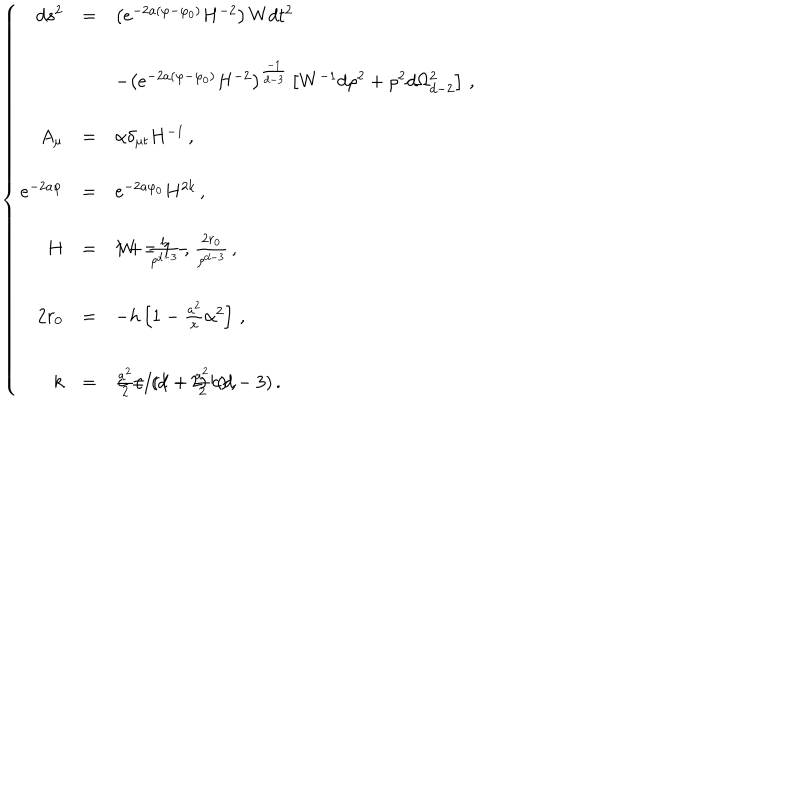
\left\{ \begin{array} { r c l } { { d s ^ { 2 } } } & { { = } } & { { \left( e ^ { - 2 a ( \varphi - \varphi _ { 0 } ) } H ^ { - 2 } \right) W d t ^ { 2 } } } \\ { { } } & { { } } & { { } } \\ { { } } & { { } } & { { - \left( e ^ { - 2 a ( \varphi - \varphi _ { 0 } ) } H ^ { - 2 } \right) ^ { \frac { - 1 } { d - 3 } } \left[ W ^ { - 1 } d \rho ^ { 2 } + \rho ^ { 2 } d \Omega _ { d - 2 } ^ { 2 } \right] \, , } } \\ { { } } & { { } } & { { } } \\ { { A _ { \mu } } } & { { = } } & { { \alpha \delta _ { \mu t } H ^ { - 1 } \, , } } \\ { { } } & { { } } & { { } } \\ { { e ^ { - 2 a \varphi } } } & { { = } } & { { e ^ { - 2 a \varphi _ { 0 } } H ^ { 2 k } \, , } } \\ { { } } & { { } } & { { } } \\ { { H } } & { { = } } & { { 1 + \frac { h } { \rho ^ { d - 3 } } \, , \hspace { 1 c m } W = 1 - \frac { 2 r _ { 0 } } { \rho ^ { d - 3 } } \, , } } \\ { { } } & { { } } & { { } } \\ { { 2 r _ { 0 } } } & { { = } } & { { - h \left[ 1 - \frac { a ^ { 2 } } { x } \alpha ^ { 2 } \right] \, , } } \\ { { } } & { { } } & { { } } \\ { { k } } & { { = } } & { { \frac { a ^ { 2 } } { 2 } c / ( 1 + \frac { a ^ { 2 } } { 2 } c ) \, , \hspace { 1 c m } c = ( d - 2 ) / ( d - 3 ) \, . } } \\ \end{array} \right.